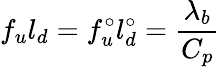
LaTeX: f_{u}l_{d}=f_{u}^{\circ}l_{d}^{\circ}=\frac{\lambda_{b}}{C_{p}}